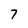
Character: 7